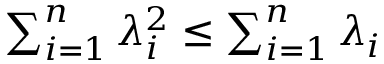
\begin{array} { r } { \sum _ { i = 1 } ^ { n } \lambda _ { i } ^ { 2 } \le \sum _ { i = 1 } ^ { n } \lambda _ { i } } \end{array}